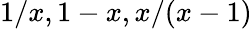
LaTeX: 1/x,1-x,x/(x-1)